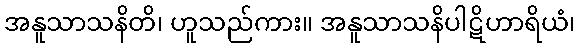
အနူသာသနိတိ၊ ဟူသည်ကား။ အနူသာသနိပါဋိဟာရိယံ၊